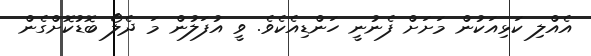
އެއްލި ކަޅިއަކުން މަށަށް ފެނުނީ ހަންޑިއެކެވެ. ވީ އުފަލުން މަ ދެލޯ ބޮޑުކޮށްގެން